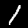
Digit: 1